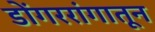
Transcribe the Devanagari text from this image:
डोंगररांगातून